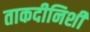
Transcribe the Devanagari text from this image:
ताकदीनिशी